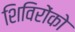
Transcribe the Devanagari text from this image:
शिविरोंको